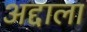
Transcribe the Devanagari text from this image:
अद्दाला